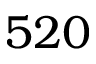
5 2 0